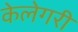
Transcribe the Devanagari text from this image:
केलेगरी